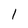
Character: 1